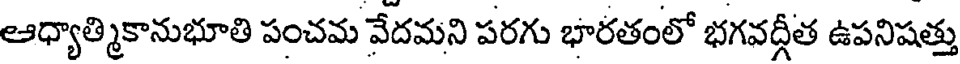
ఆధ్యాత్మికానుభూతి పంచమ వేదమని పరగు భారతంలో భగవద్గీత ఉపనిషత్తు